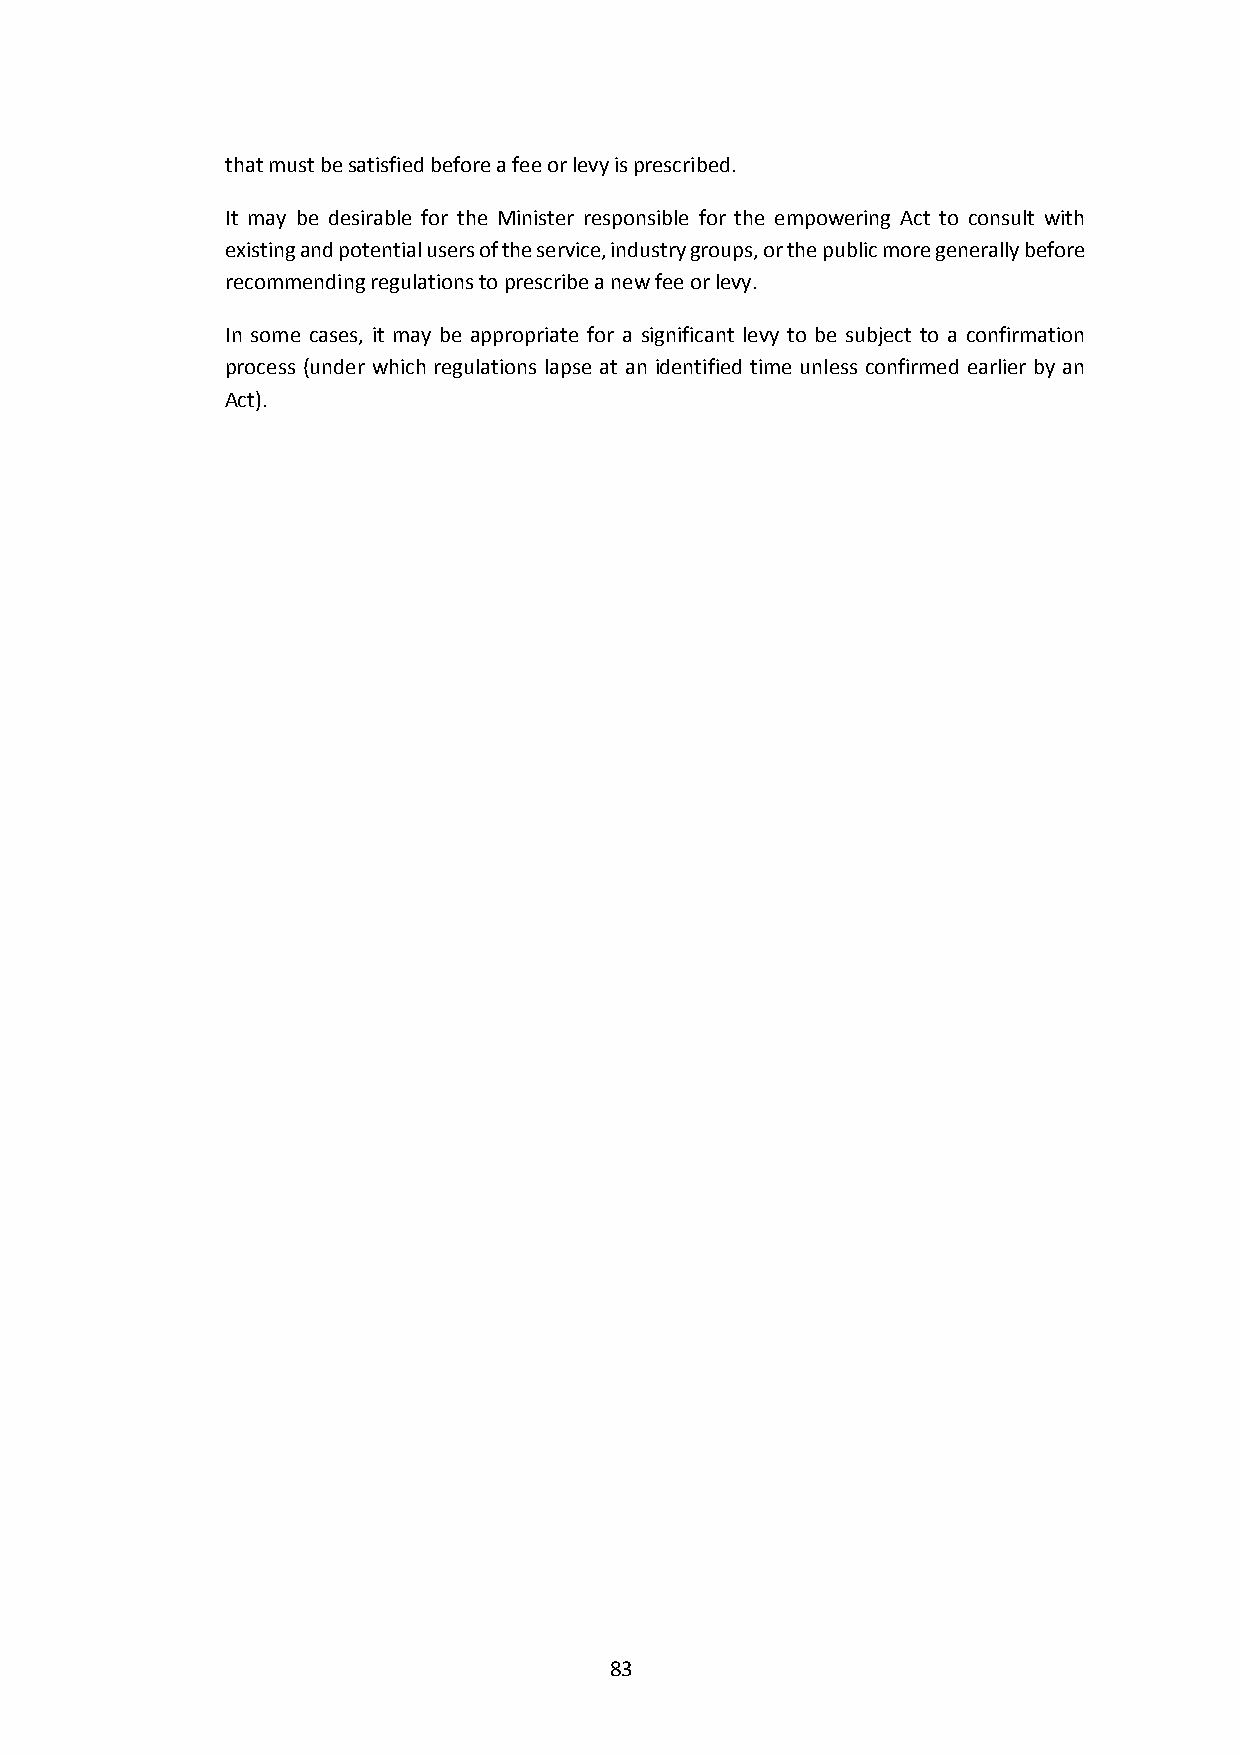
that must be satisfied before a fee or levy is prescribed.
 It may be desirable for the Minister responsible for the empowering Act to consult with
 existing and potential users of the service, industry groups, or the public more generally before
 recommending regulations to prescribe a new fee or levy.
 In some cases, it may be appropriate for a significant levy to be subject to a confirmation
 process (under which regulations lapse at an identified time unless confirmed earlier by an
 Act).
 83